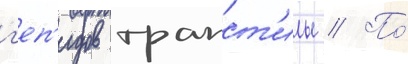
г'еп'идов трапст'илы // По́